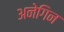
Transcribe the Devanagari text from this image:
अनेगिन